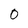
Character: 0